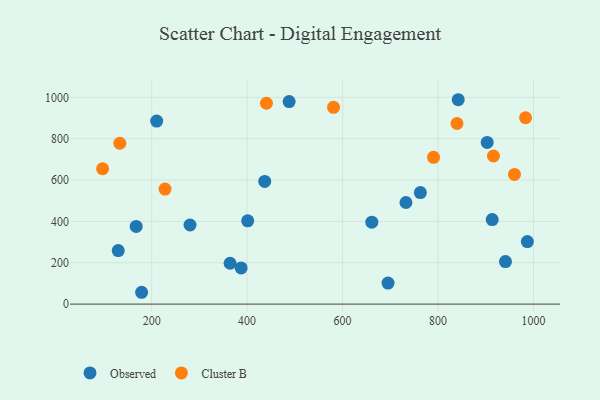
{"axis": {"x": "Engine Size", "y": "Demand"}, "legend": ["Cluster B", "Observed"], "data": [{"x": "179.0", "y": 57.2, "type": "Observed"}, {"x": "913.4", "y": 408.6, "type": "Observed"}, {"x": "842.2", "y": 988.5, "type": "Observed"}, {"x": "987.1", "y": 302.3, "type": "Observed"}, {"x": "364.3", "y": 197.6, "type": "Observed"}, {"x": "661.2", "y": 396.2, "type": "Observed"}, {"x": "401.2", "y": 402.6, "type": "Observed"}, {"x": "436.9", "y": 593.2, "type": "Observed"}, {"x": "695.2", "y": 101.5, "type": "Observed"}, {"x": "167.6", "y": 375.7, "type": "Observed"}, {"x": "130.0", "y": 258.7, "type": "Observed"}, {"x": "210.5", "y": 885.1, "type": "Observed"}, {"x": "762.9", "y": 539.4, "type": "Observed"}, {"x": "941.2", "y": 205.6, "type": "Observed"}, {"x": "902.9", "y": 782.1, "type": "Observed"}, {"x": "732.7", "y": 491.5, "type": "Observed"}, {"x": "280.4", "y": 382.6, "type": "Observed"}, {"x": "387.5", "y": 175.2, "type": "Observed"}, {"x": "488.0", "y": 979.6, "type": "Observed"}, {"x": "581.0", "y": 951.7, "type": "Cluster B"}, {"x": "916.0", "y": 716.2, "type": "Cluster B"}, {"x": "983.3", "y": 901.3, "type": "Cluster B"}, {"x": "839.7", "y": 873.6, "type": "Cluster B"}, {"x": "790.6", "y": 709.9, "type": "Cluster B"}, {"x": "228.0", "y": 556.4, "type": "Cluster B"}, {"x": "97.3", "y": 654.6, "type": "Cluster B"}, {"x": "133.3", "y": 778.1, "type": "Cluster B"}, {"x": "960.0", "y": 627.0, "type": "Cluster B"}, {"x": "440.5", "y": 971.5, "type": "Cluster B"}]}